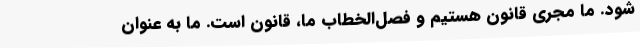
شود. ما مجری قانون هستیم و فصل‌الخطاب ما، قانون است. ما به عنوان